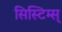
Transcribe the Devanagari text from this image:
सिस्टिम्स्